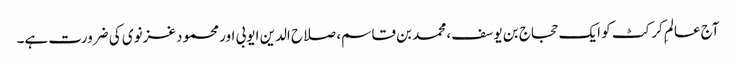
آج عالمِ کرکٹ کو ایک حجاج بن یوسف، محمد بن قاسم، صلاح الدین ایوبی اور محمود غزنوی کی ضرورت ہے۔